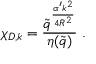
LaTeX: \chi _ { D , k } = \frac { \tilde { q } ^ { \frac { \alpha ^ { \prime } k ^ { 2 } } { 4 R ^ { 2 } } } } { \eta ( \tilde { q } ) } \ .